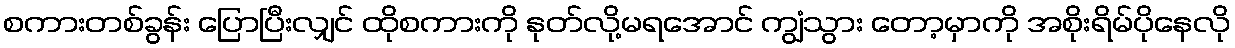
စကားတစ်ခွန်း ပြောပြီးလျှင် ထိုစကားကို နုတ်လို့မရအောင် ကျွံသွား တော့မှာကို အစိုးရိမ်ပိုနေလို